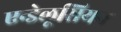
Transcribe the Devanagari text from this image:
एन्डेलूसियन